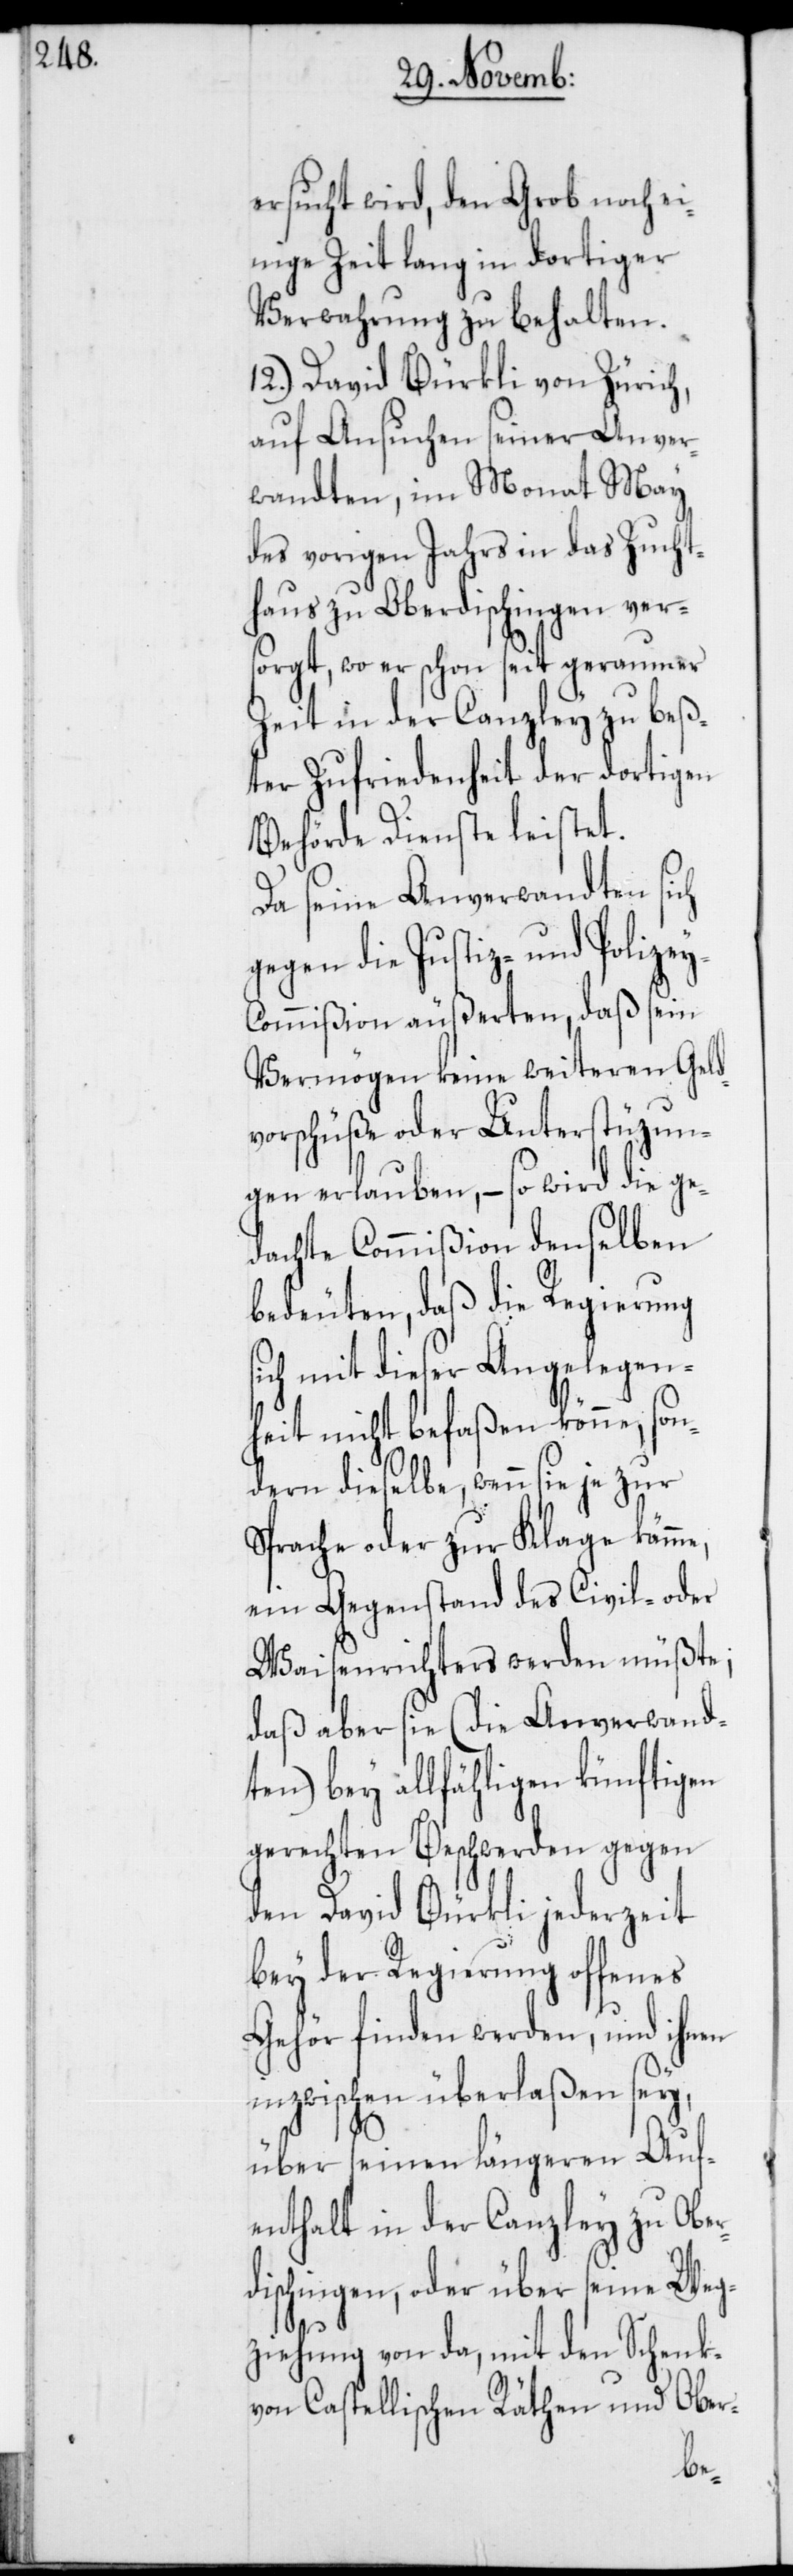
ersucht wird, den Grob noch ei¬
nige Zeit lang in dortiger
Verwahrung zu behalten.
12.) David Bürkli von Zürich,
auf Ansuchen seiner Anver¬
wandten, im Monat May
des vorigen Jahrs in das Zucht¬
haus zu Oberdischingen vers¬
orgt, wo er schon seit geraumer
Zeit in der Canzley zu beß¬
ter Zufriedenheit der dortigen
Behörde Dienste leistet.
Da seine Anverwandten sich
gegen die Justiz- und Polize¬
ommißion äußerten, daß sein
Vermögen keine weiteren Geld¬
vorschüße oder Unterstüzun¬
gen erlauben, – so wird die ge¬
dachte Commißion denselben
bedeuten, daß die Regierung
ich mit dieser Angelegen¬
heit nicht befaßen könne, so¬
ndern dieselbe, wenn sie je zur
Sprache oder zur Klage käme,
ein Gegenstand des Civil- oder
Waisenrichters werden müßte;
daß aber sie (die Anverwand¬
ten) bey allfähligen künftigen
gerechten Beschwerden gegen
den David Bürkli jederzeit
bey der Regierung offenes
Gehör finden werden, und ihnen
inzwischen überlaßen sey,
über seinen längeren Auf¬
enthalt in der Canzley zu Ober¬
dischingen, oder über seine Weg¬
ziehung von da, mit den Schenk
von Castellischen Räthen und Ober-
s¬